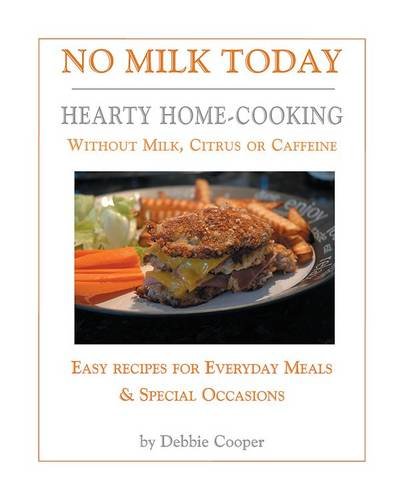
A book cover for No Milk Today: Hearty Home-Cooking without Milk, Citrus or Caffeine; Debbie Cooper; Health, Fitness & Dieting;